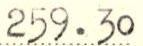
259.30